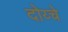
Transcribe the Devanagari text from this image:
दोय्चे